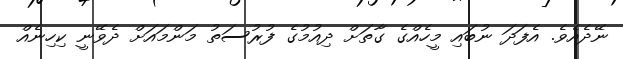
ނޭދެއެވެ. އެފަދަ ނުބައި މީހެއްގެ ގާތަށް ދިއުމުގެ ފުރުސަތު މަންމައަށް ދެވޭނީ ކިހިނެއް